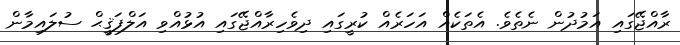
ރާއްޖޭގައި އަމުދުން ނެތެވެ. އެތަކެއް އަހަރެއް ކުރީގައި ދިވެހިރާއްޖޭގައި އުޅުއްވި އަލްފަޤީޙް ސުލައިމާން